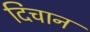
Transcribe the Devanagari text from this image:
दिचान